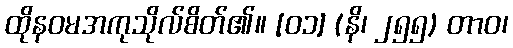
ထိုနဝမအကုသိုလ်စိတ်၏။ [၀၁] (နိ၊ ၂၅၅) တာဝ၊